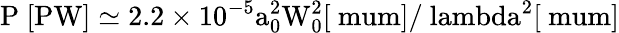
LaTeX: \mathrm{{P~[PW]}\simeq 2.2\times 10^{-5}a_{0}^{2}W_{0}^{2}[\mathrm{{\ mum}]/\ lambda^{2}[\mathrm{{\ mum}]}}}